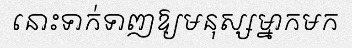
នោះទាក់ទាញឱ្យមនុស្សម្នាកមក